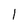
Character: 1